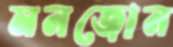
মনজোন